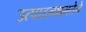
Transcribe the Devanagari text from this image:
उत्पादनक्षमतेने